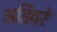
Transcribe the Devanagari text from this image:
अडिवरे